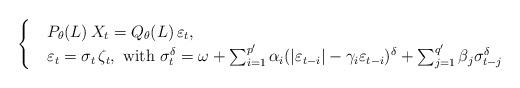
LaTeX: \begin{align*}\begin{cases}&P_\theta(L) \, X_t=Q_\theta(L) \, \varepsilon_t,\\&\varepsilon_t=\sigma_t \, \zeta_t,~\mbox{with} ~\sigma_t^\delta=\omega+\sum_{i=1}^{p'} \alpha_i(|\varepsilon_{t-i}|-\gamma_i \varepsilon_{t-i})^\delta+\sum_{j=1}^{q'}\beta_j\sigma_{t-j}^\delta\end{cases}\end{align*}